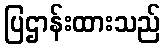
ပြဌာန်းထားသည်